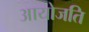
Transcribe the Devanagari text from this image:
आयोजति